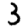
Digit: 3